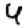
Digit: 4